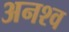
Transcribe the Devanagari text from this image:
अनश्व